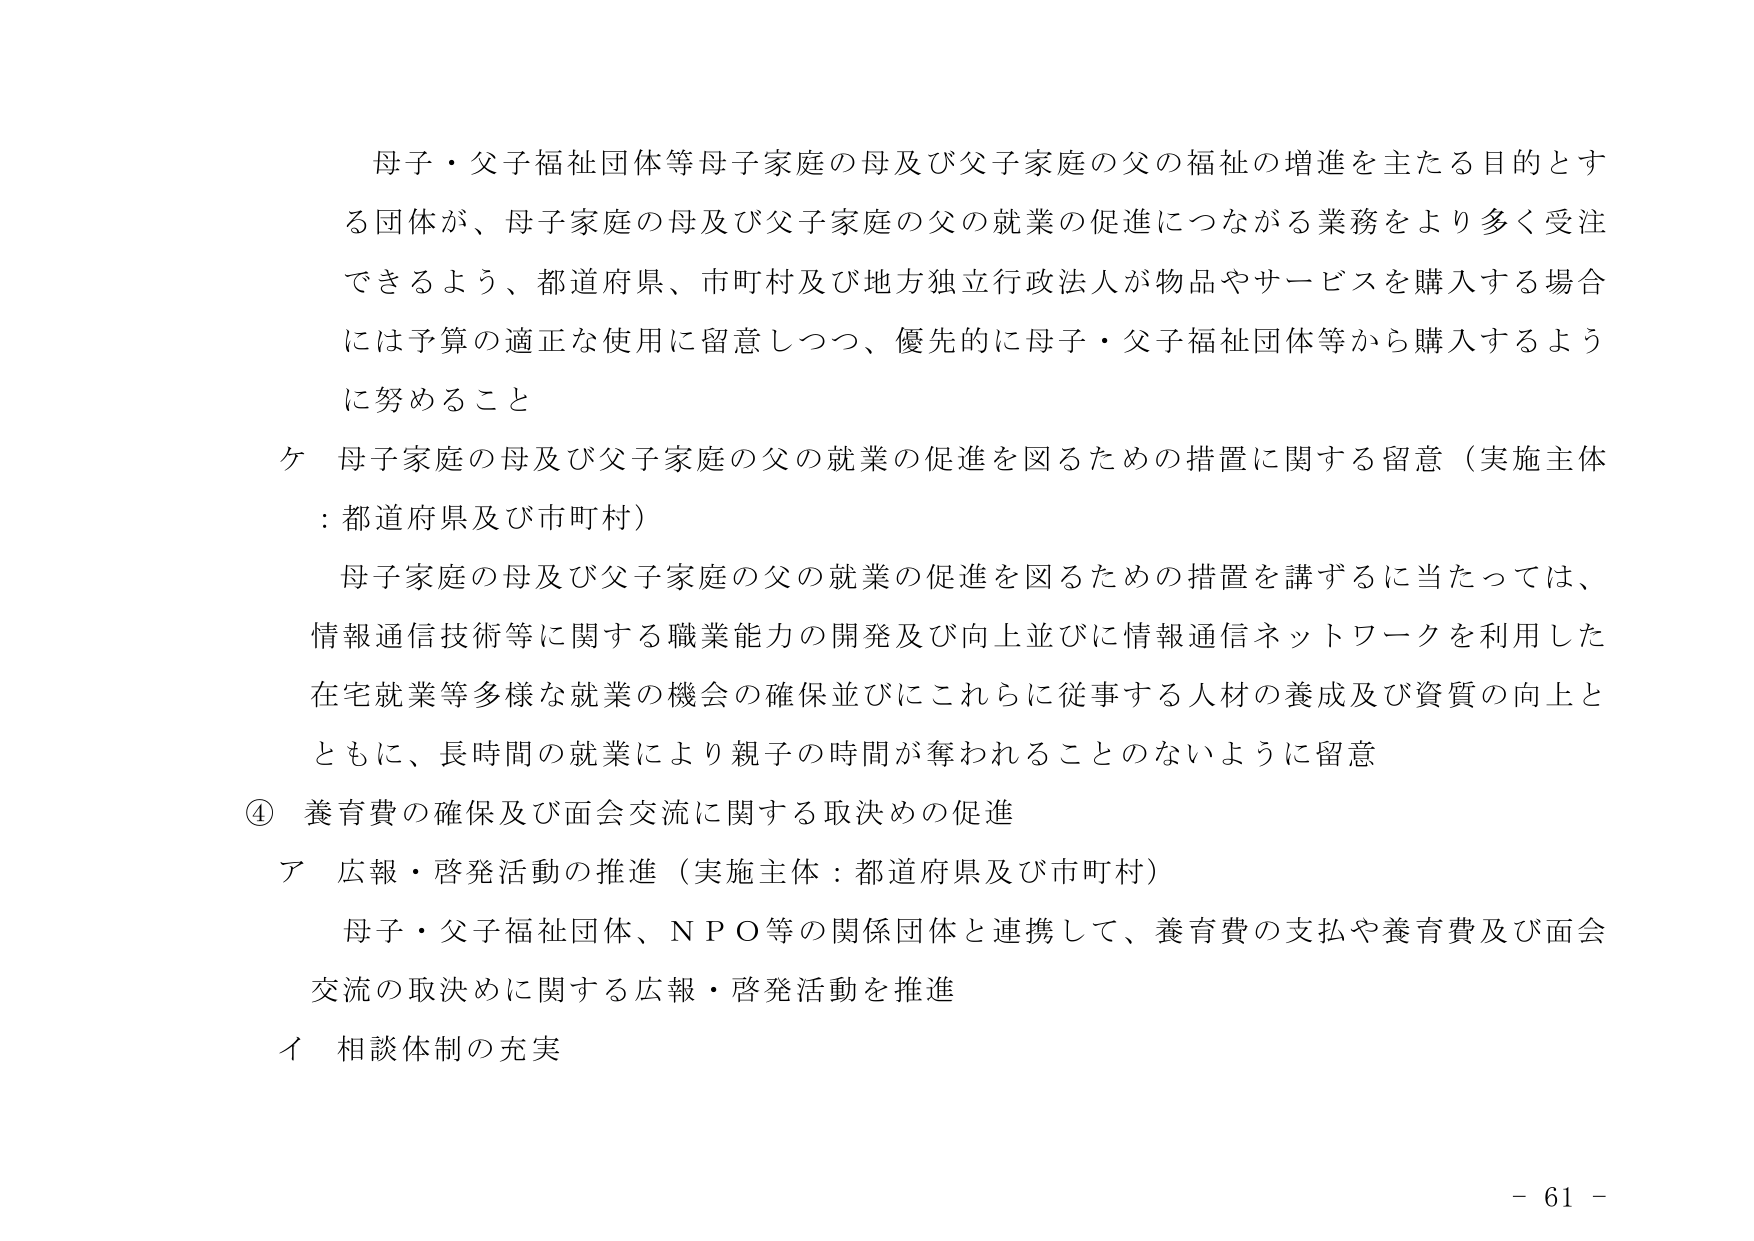
母子・父子福祉団体等母子家庭の母及び父子家庭の父の福祉の増進を主たる目的とする団体が、母子家庭の母及び父子家庭の父の就業の促進につながる業務をより多く受注できるよう、都道府県、市町村及び地方独立行政法人が物品やサービスを購入する場合には予算の適正な使用に留意しつつ、優先的に母子・父子福祉団体等から購入するように努めること

ケ 母子家庭の母及び父子家庭の父の就業の促進を図るための措置に関する留意（実施主体：都道府県及び市町村）

母子家庭の母及び父子家庭の父の就業の促進を図るための措置を講ずるに当たっては、情報通信技術等に関する職業能力の開発及び向上並びに情報通信ネットワークを利用した在宅就業等多様な就業の機会の確保並びにこれらに従事する人材の養成及び資質の向上とともに、長時間の就業により親子の時間が奪われることのないように留意

④ 養育費の確保及び面会交流に関する取決めの促進

ア 広報・啓発活動の推進（実施主体：都道府県及び市町村）

母子・父子福祉団体、ＮＰＯ等の関係団体と連携して、養育費の支払や養育費及び面会交流の取決めに関する広報・啓発活動を推進

イ 相談体制の充実

- 61 -